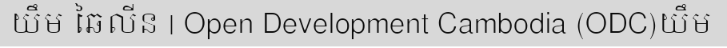
យឹម ឆៃលីន | Open Development Cambodia (ODC)យឹម